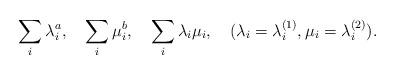
LaTeX: \begin{align*}\sum_{i} \lambda_{i}^{a}, \quad \sum_{i} \mu_{i}^{b}, \quad \sum_{i} \lambda_{i}\mu_{i}, \quad (\lambda_{i}=\lambda_{i}^{(1)}, \mu_{i}=\lambda_{i}^{(2)}).\end{align*}